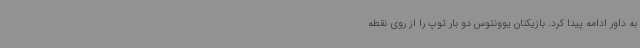
به داور ادامه پیدا کرد. بازیکنان یوونتوس دو بار توپ را از روی نقطه